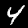
Label: 4